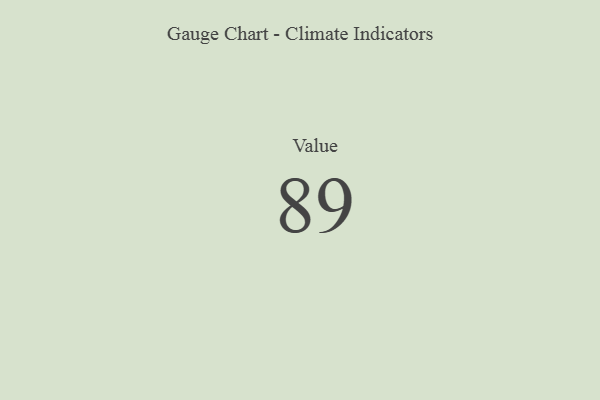
{"axis": {"x": "Metric", "y": "Value"}, "legend": [""], "data": [{"x": "Value", "y": 89, "type": ""}]}